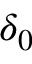
\delta _ { 0 }